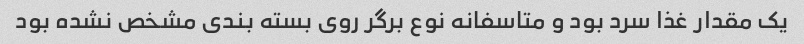
یک مقدار غذا سرد بود و متاسفانه نوع برگر روی بسته بندی مشخص نشده بود